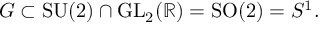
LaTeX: G \subset { \mathrm { S U } } ( 2 ) \cap { \mathrm { G L } } _ { 2 } ( \mathbb { R } ) = { \mathrm { S O } } ( 2 ) = S ^ { 1 } .